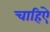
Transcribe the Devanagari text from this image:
चाहिऐ